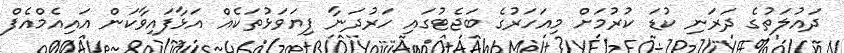
ދައުލަތުގެ ދަރަނި ކުޑަ ކުރުމަށް މިއަހަރުގެ ބަޖެޓުގައި ހަރުދަނާ ފިޔަވަޅުތަކެއް އަޅާފައިވާކަން އައިއެމްއެފް